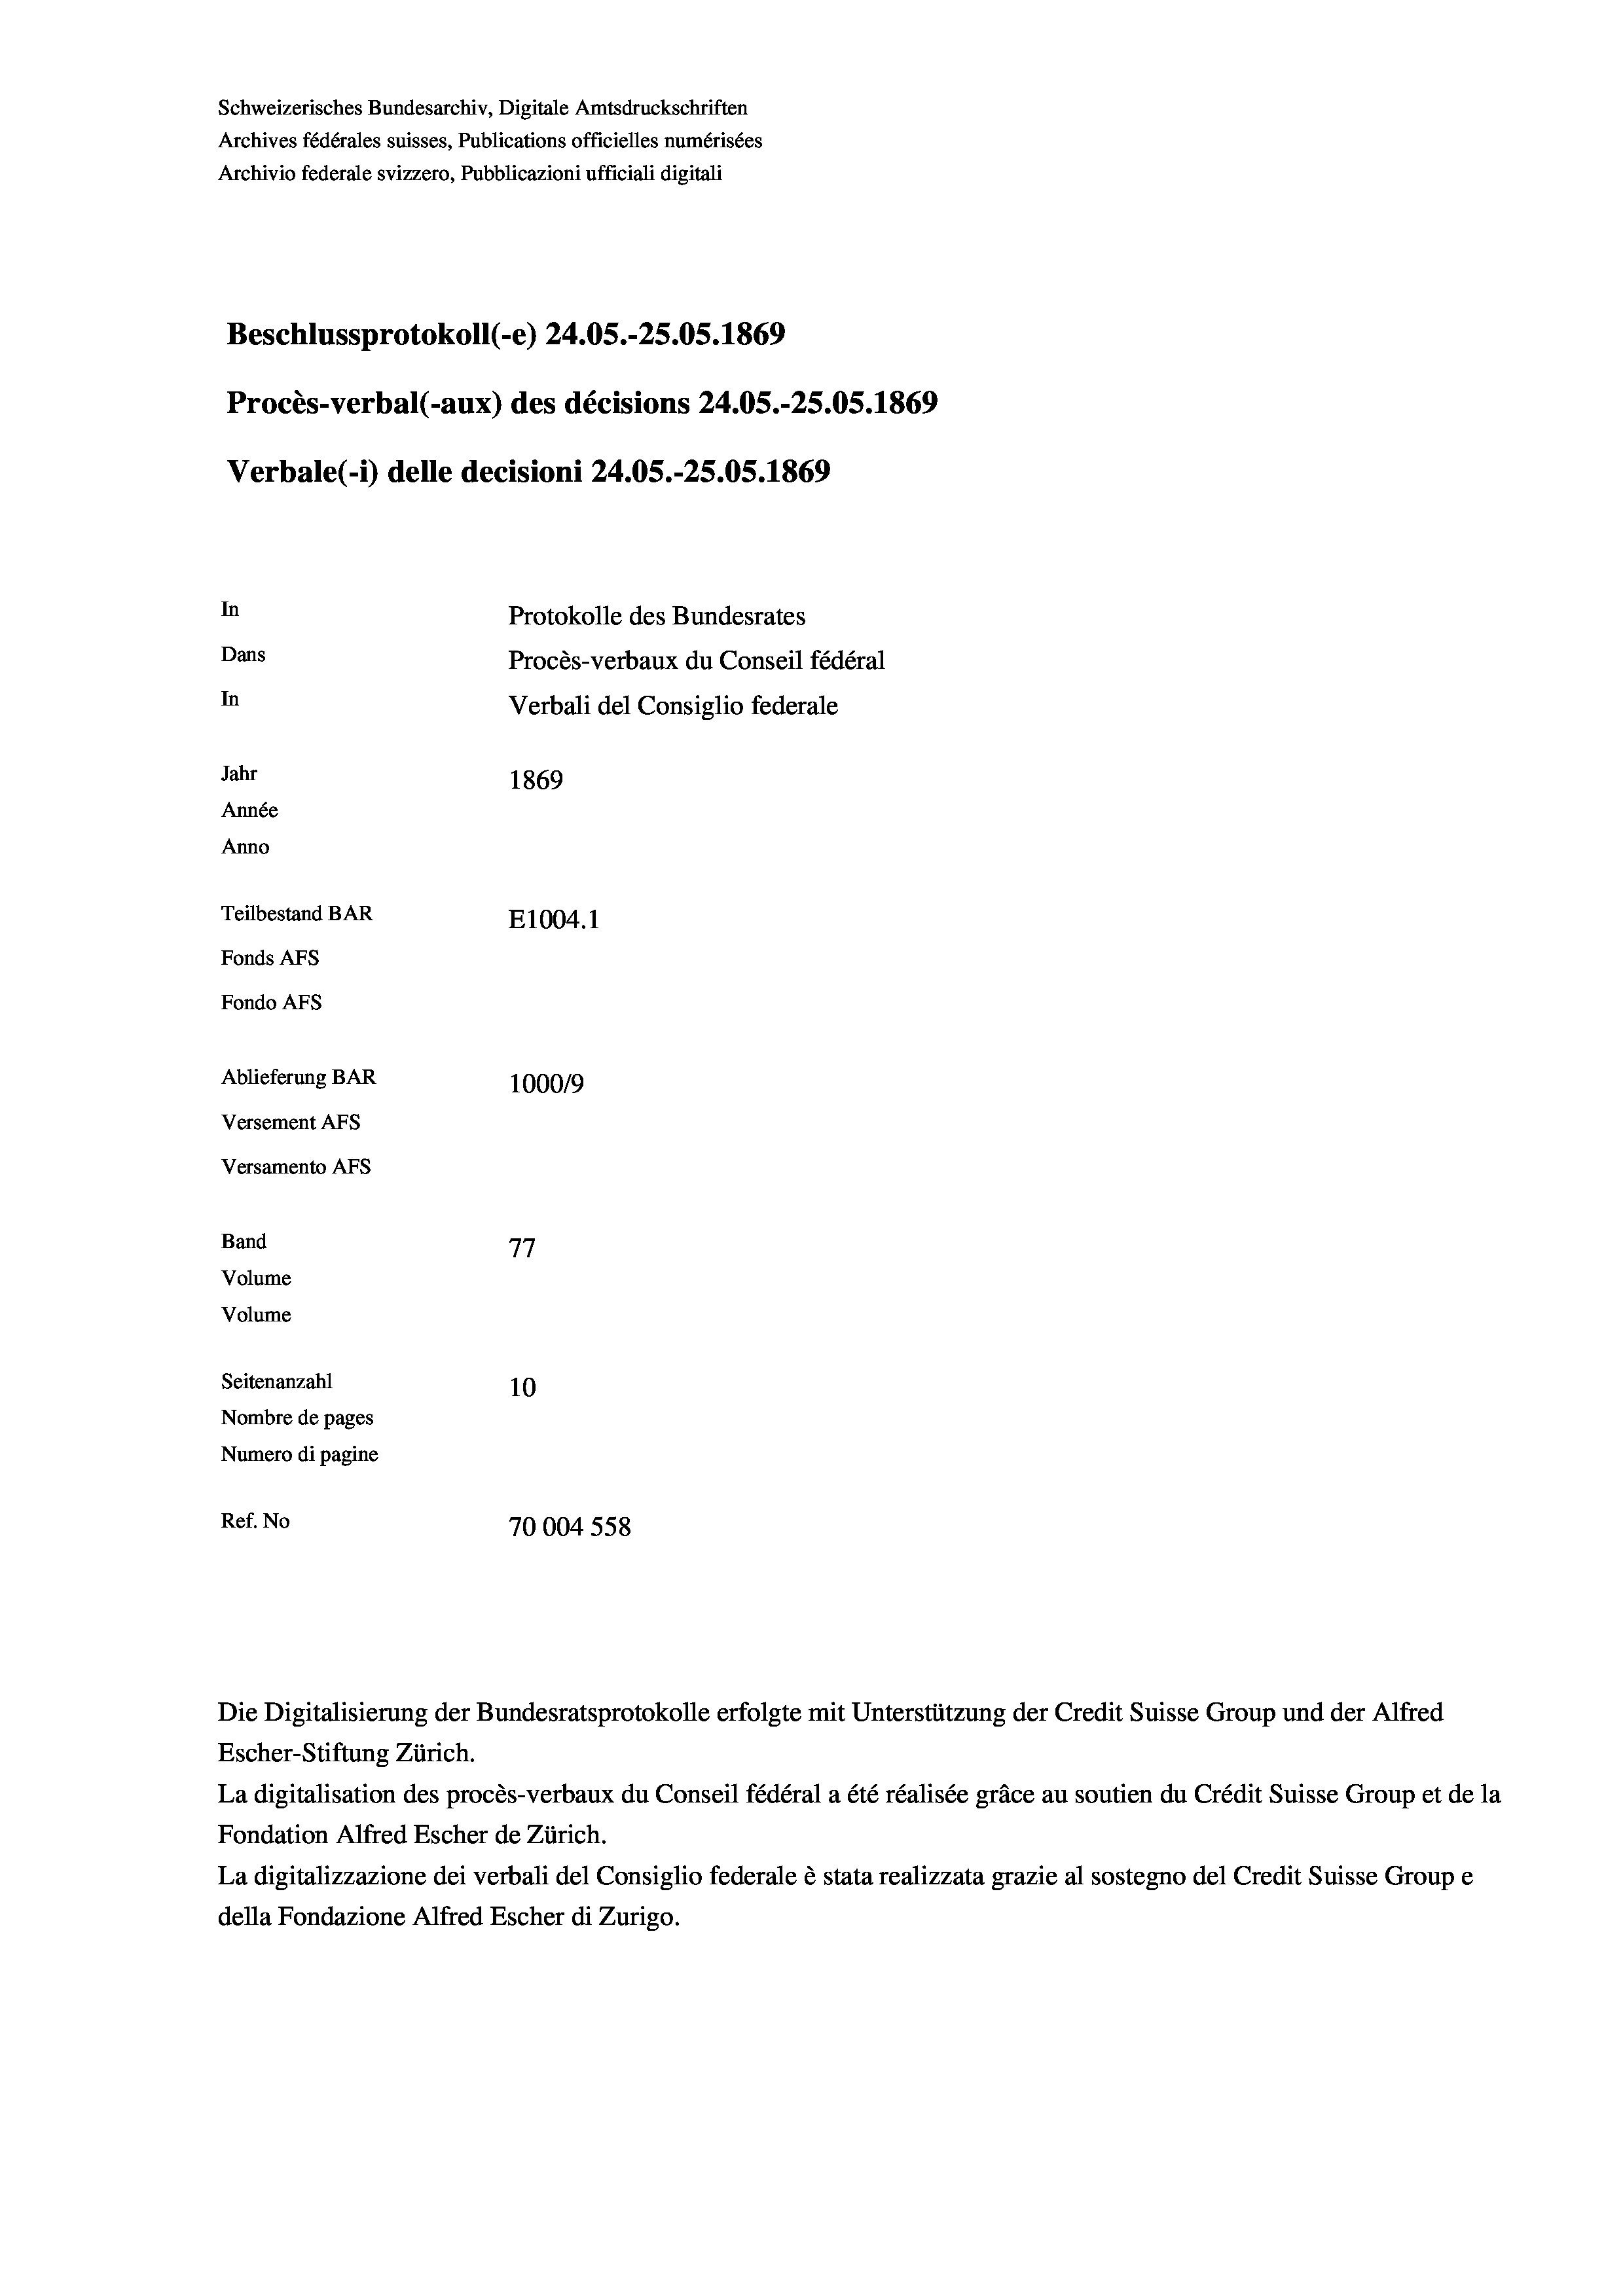
Schweizerisches Bundesarchiv, Digitale Amtsdruckschriften
Archives fédérales suisses, Publications officielles numérisées
Archivio federale svizzero, Pubblicazioni ufficiali digitali
Beschlussprotokoll (-e) 24.05.-25.05. 1869
Procès-verbal (-aux) des décisions 24.05.-25.05. 1869
Verbale(-*) delle decisioni 24.05.-25.05. 1869
In
Protokolle des Bundesrates
Dans
Procès-verbaux du Conseil fédéral
In
Verbali del Consiglio federale
Jahr
1869
Année
Anno
Teilbestand BAR
E1004.1
Fonds AFs
Fondo Afs
Ablieferung BAR
100019
Versement AFs
Versamento Afs
Band
77
Volume
Volume
Seitenanzahl
10
Nombre de pages
Numero di pagine
Ref. No
70004 558

Escher-Stiftung Zürich.
La digitalisation des procès-verbaux du Conseil fédéral a été réalisée gräce au soutien du Crédit Suisse Group et de la
Fondation Alfred Escher de Zürich.
La digitalizzazione dei verbali del Consiglio federale è stata realizzata grazie al sostegno del Credit Suisse Groupe
della Fondazione Alfred Escher di Zurigo.

Die Digitalisierung der Bundesratsprotokolle erfolgte mit Unterstützung der Credit Suisse Group und der Alfred